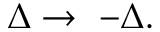
\begin{array} { r } { \Delta \rightarrow \ - \Delta . } \end{array}